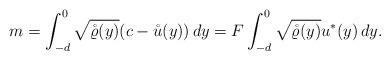
LaTeX: \begin{align*} m=\int_{-d}^{0}\sqrt{\mathring{\varrho}(y)}(c-\mathring{u}(y))\,dy=F\int_{-d}^{0}\sqrt{\mathring{\varrho}(y)}u^*(y)\,dy.\end{align*}